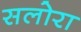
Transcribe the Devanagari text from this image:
सलोरा